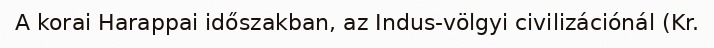
A korai Harappai időszakban, az Indus-völgyi civilizációnál (Kr.